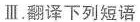
Ⅲ. 翻译下列短语